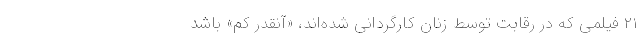
۲۱ فیلمی که در رقابت توسط زنان کارگردانی شده‌اند، «آنقدر کم» باشد